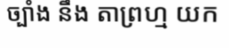
ច្បាំង នឹង តាព្រហ្ម យក